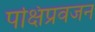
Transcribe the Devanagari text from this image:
पक्षिप्रवजन